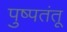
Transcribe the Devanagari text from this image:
पुष्पतंतू